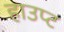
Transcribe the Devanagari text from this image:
हाउप्ट